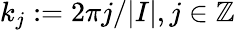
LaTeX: k_{j}:=2\pi j/\lvert I\rvert,j\in\mathbb{Z}